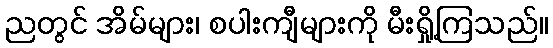
ညတွင် အိမ်များ၊ စပါးကျီများကို မီးရှို့ကြသည်။